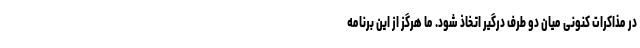
در مذاکرات کنونی میان دو طرف درگیر اتخاذ شود. ما هرگز از این برنامه